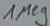
Text: 1Meg